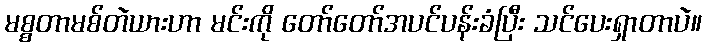
မစ္စတာမစ်တဲယားဟာ မင်းကို တော်တော်အပင်ပန်းခံပြီး သင်ပေးရှာတာပဲ။